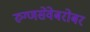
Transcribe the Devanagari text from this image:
रुग्णसेवेबरोबर